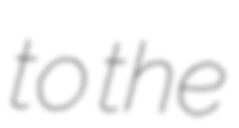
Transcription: to the